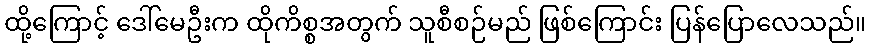
ထို့ကြောင့် ဒေါ်မေဦးက ထိုကိစ္စအတွက် သူစီစဉ်မည် ဖြစ်ကြောင်း ပြန်ပြောလေသည်။